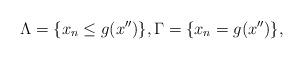
LaTeX: \begin{align*}\Lambda=\{x_n\leq g(x'')\}, \Gamma=\{x_n=g(x'')\},\end{align*}